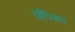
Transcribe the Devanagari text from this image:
खींपसर